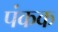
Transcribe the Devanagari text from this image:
पंकक